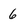
Character: 6